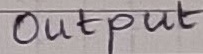
Text: Output